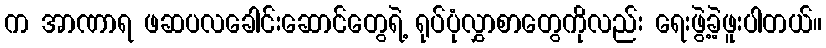
က အာဏာရ ဖဆပလခေါင်းဆောင်တွေရဲ့ ရုပ်ပုံလွှာစာတွေကိုလည်း ရေးဖွဲ့ခဲ့ဖူးပါတယ်။